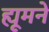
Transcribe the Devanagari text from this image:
ह्यूमने